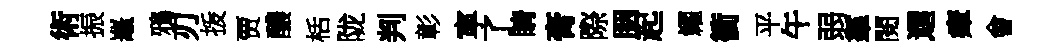
術振鼉鴉刃㧞贾醲栝陇判彰寕了睛膏際胭起糴衝平午弱羣閱逥瘴會